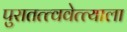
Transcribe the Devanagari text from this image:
पुरातत्त्ववेत्त्याला